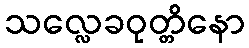
သလ္လေခဝုတ္တိနော